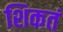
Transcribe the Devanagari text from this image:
शिकतं